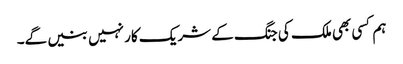
ہم کسی بھی ملک کی جنگ کے شریک کار نہیں بنیں گے۔